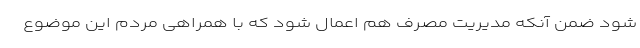
شود ضمن آنکه مدیریت مصرف هم اعمال شود که با همراهی مردم این موضوع